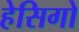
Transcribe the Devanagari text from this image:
हेसिगो